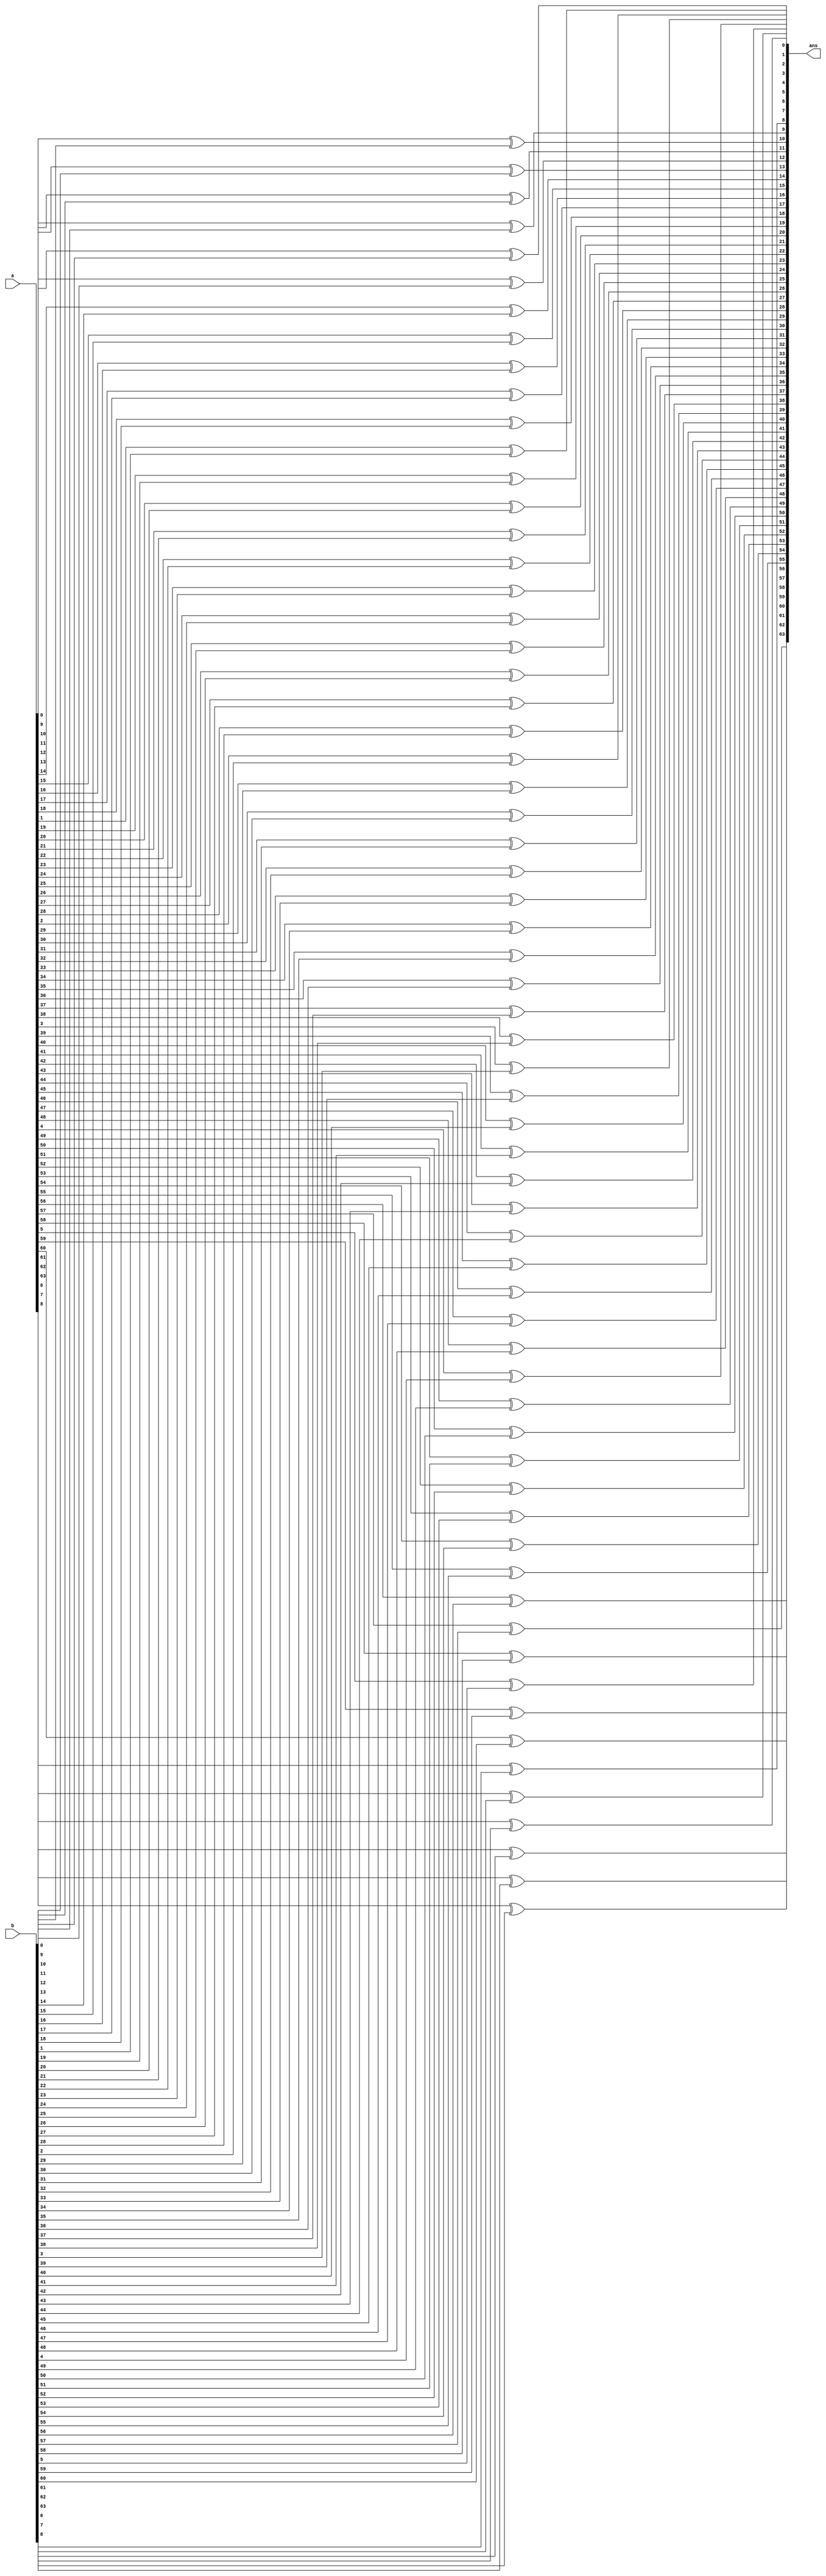
`timescale 1ns/1ps

module xor_64(ans,a,b);

input signed [63:0] a;
input signed [63:0] b;

output signed [63:0] ans;


genvar i;

generate for(i=0;i<=63;i=i+1)
begin
    
    xor g1 (ans[i],a[i],b[i]); 

end
endgenerate

endmodule